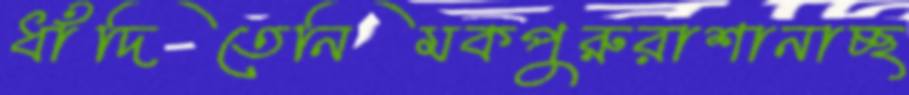
ধাঁদিতেনিমকপুরুরাশানাচ্ছ